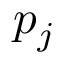
p _ { j }